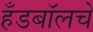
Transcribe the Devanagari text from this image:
हँडबॉलचे